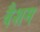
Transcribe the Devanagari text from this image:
वैशम